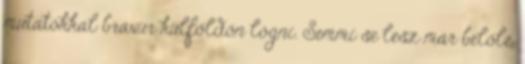
mutatókkal bravúr külföldön lógni. Semmi se lesz már belőle.